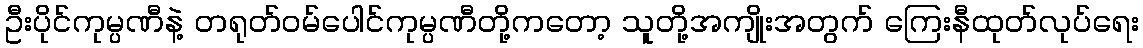
ဦးပိုင်ကုမ္ပဏီနဲ့ တရုတ်ဝမ်ပေါင်ကုမ္ပဏီတို့ကတော့ သူတို့အကျိုးအတွက် ကြေးနီထုတ်လုပ်ရေး